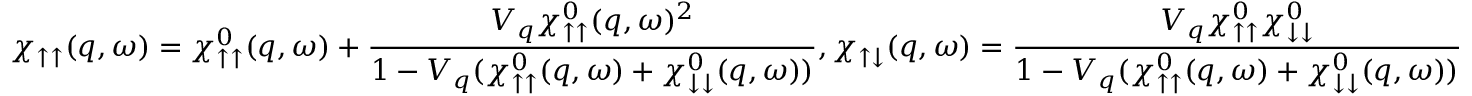
\chi _ { \uparrow \uparrow } ( q , \omega ) = \chi _ { \uparrow \uparrow } ^ { 0 } ( q , \omega ) + \frac { V _ { q } \chi _ { \uparrow \uparrow } ^ { 0 } ( q , \omega ) ^ { 2 } } { 1 - V _ { q } ( \chi _ { \uparrow \uparrow } ^ { 0 } ( q , \omega ) + \chi _ { \downarrow \downarrow } ^ { 0 } ( q , \omega ) ) } , \chi _ { \uparrow \downarrow } ( q , \omega ) = \frac { V _ { q } \chi _ { \uparrow \uparrow } ^ { 0 } \chi _ { \downarrow \downarrow } ^ { 0 } } { 1 - V _ { q } ( \chi _ { \uparrow \uparrow } ^ { 0 } ( q , \omega ) + \chi _ { \downarrow \downarrow } ^ { 0 } ( q , \omega ) ) }